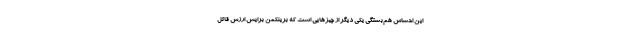
این احساس هم‌بستگی یکی دیگر از چیزهایی است که برینکمن برایش ارزش قائل